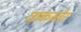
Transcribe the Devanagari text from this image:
ताकस्तेर